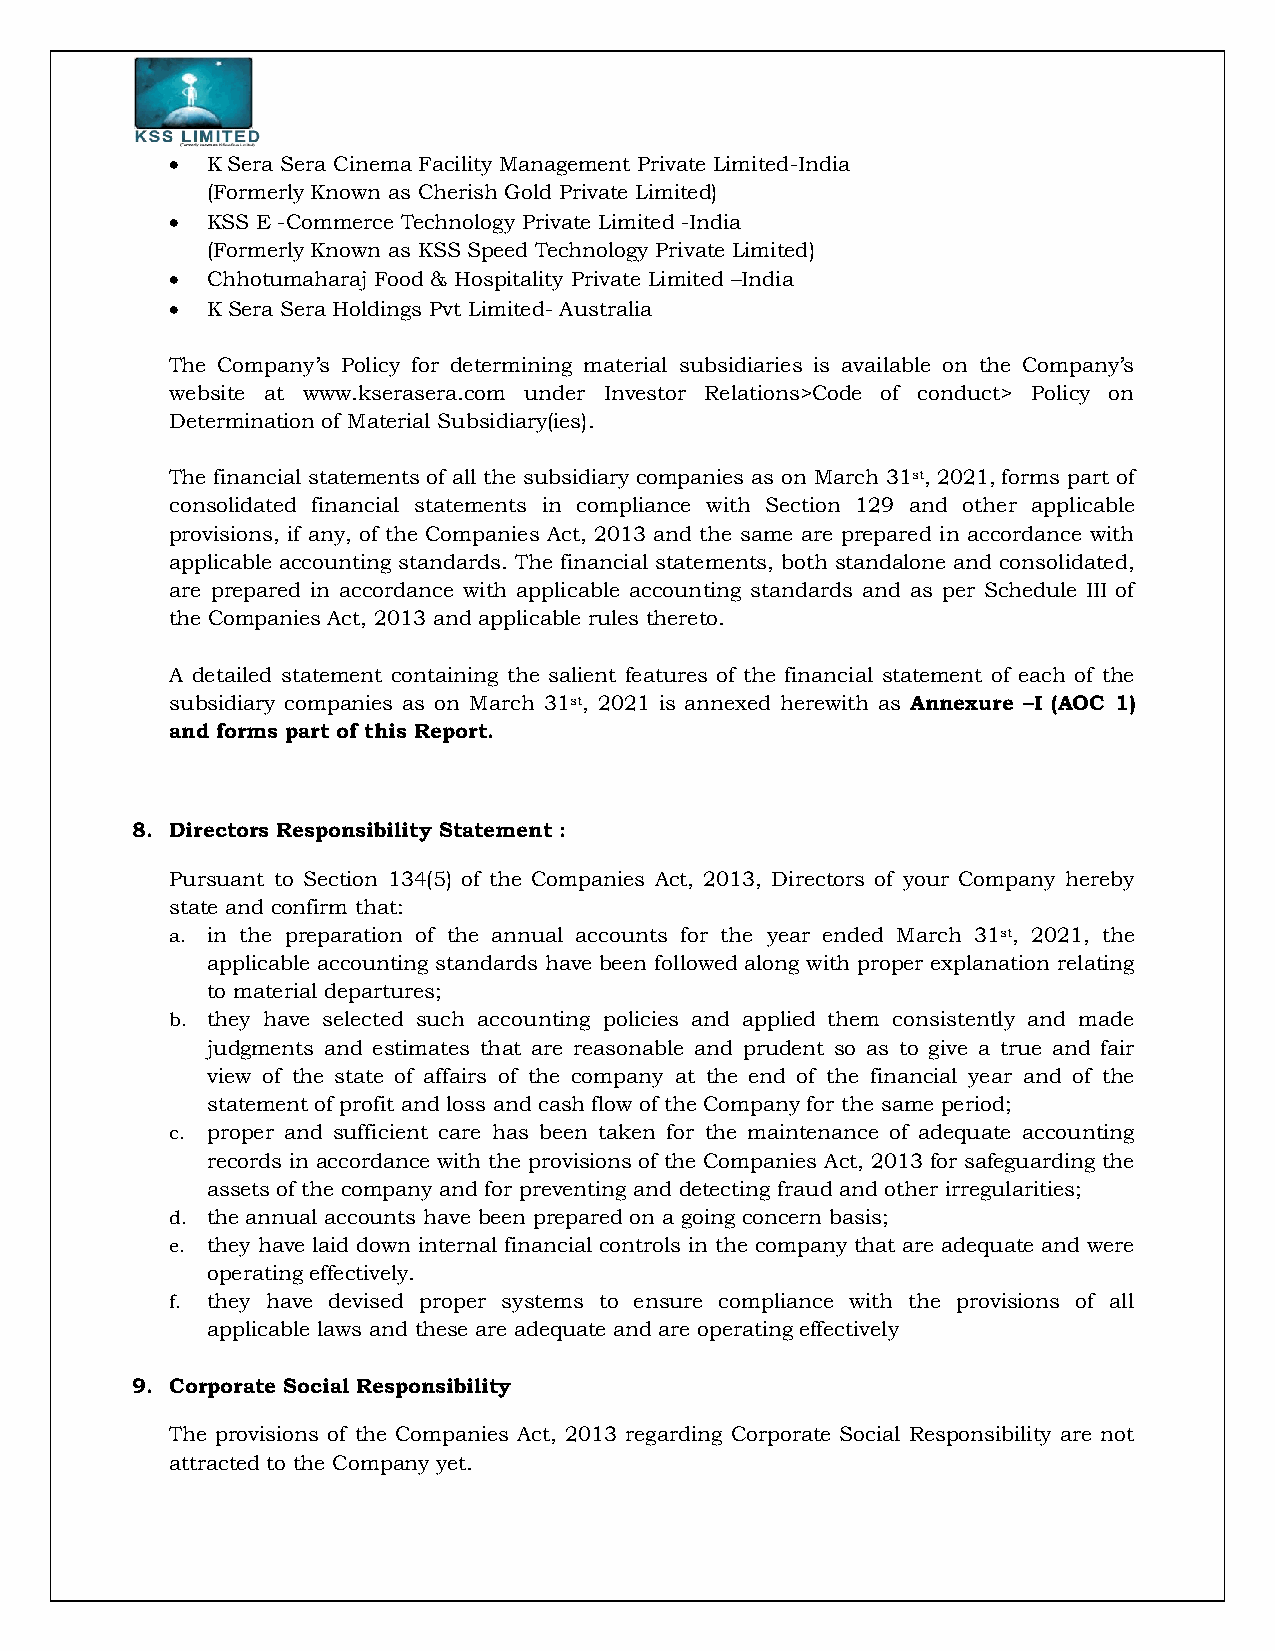
  K Sera Sera Cinema Facility Management Private Limited-India
 (Formerly Known as Cherish Gold Private Limited)
   KSS E -Commerce Technology Private Limited -India
 (Formerly Known as KSS Speed Technology Private Limited)
   Chhotumaharaj Food & Hospitality Private Limited –India
   K Sera Sera Holdings Pvt Limited- Australia
 The Company’s Policy for determining material subsidiaries is available on the Company’s
 website at www.kserasera.com under Investor Relations>Code of conduct> Policy on
 Determination of Material Subsidiary(ies).
 The financial statements of all the subsidiary companies as on March 31st, 2021, forms part of
 consolidated financial statements in compliance with Section 129 and other applicable
 provisions, if any, of the Companies Act, 2013 and the same are prepared in accordance with
 applicable accounting standards. The financial statements, both standalone and consolidated,
 are prepared in accordance with applicable accounting standards and as per Schedule III of
 the Companies Act, 2013 and applicable rules thereto.
 A detailed statement containing the salient features of the financial statement of each of the
 subsidiary companies as on March 31st, 2021 is annexed herewith as Annexure –I (AOC 1)
 and forms part of this Report.
 8. Directors Responsibility Statement :
 Pursuant to Section 134(5) of the Companies Act, 2013, Directors of your Company hereby
 state and confirm that:
 a. in the preparation of the annual accounts for the year ended March 31st, 2021, the
 applicable accounting standards have been followed along with proper explanation relating
 to material departures;
 b. they have selected such accounting policies and applied them consistently and made
 judgments and estimates that are reasonable and prudent so as to give a true and fair
 view of the state of affairs of the company at the end of the financial year and of the
 statement of profit and loss and cash flow of the Company for the same period;
 c. proper and sufficient care has been taken for the maintenance of adequate accounting
 records in accordance with the provisions of the Companies Act, 2013 for safeguarding the
 assets of the company and for preventing and detecting fraud and other irregularities;
 d. the annual accounts have been prepared on a going concern basis;
 e. they have laid down internal financial controls in the company that are adequate and were
 operating effectively.
 f. they have devised proper systems to ensure compliance with the provisions of all
 applicable laws and these are adequate and are operating effectively
 9. Corporate Social Responsibility
 The provisions of the Companies Act, 2013 regarding Corporate Social Responsibility are not
 attracted to the Company yet.